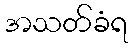
အသတ်ခံရ